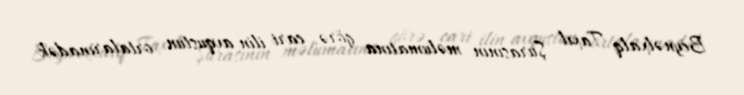
Beynəlxalq Taxıl Şurasının məlumatına görə, cari ilin avqustun ortalarınadək